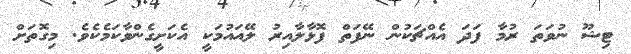
ޓިޝޫ ނުވަތަ ރުމާ ފަދަ އެއްޗަކުން ނޭފަތް ފޮޅާލާއިރު ލޭއައުމަކީ އެކަށީގެންވާކަމެކެވެ. މިގޮތަށް